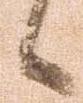
候